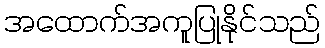
အထောက်အကူပြုနိုင်သည်